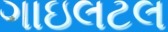
ગાઇલટલ